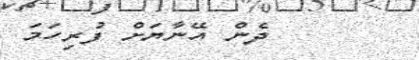
ދެން އޭނާޔަށް ފުރިހަމަ